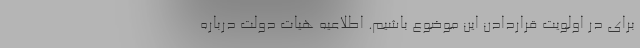
برای در اولویت قراردادن این موضوع باشیم. اطلاعیه هیات دولت درباره